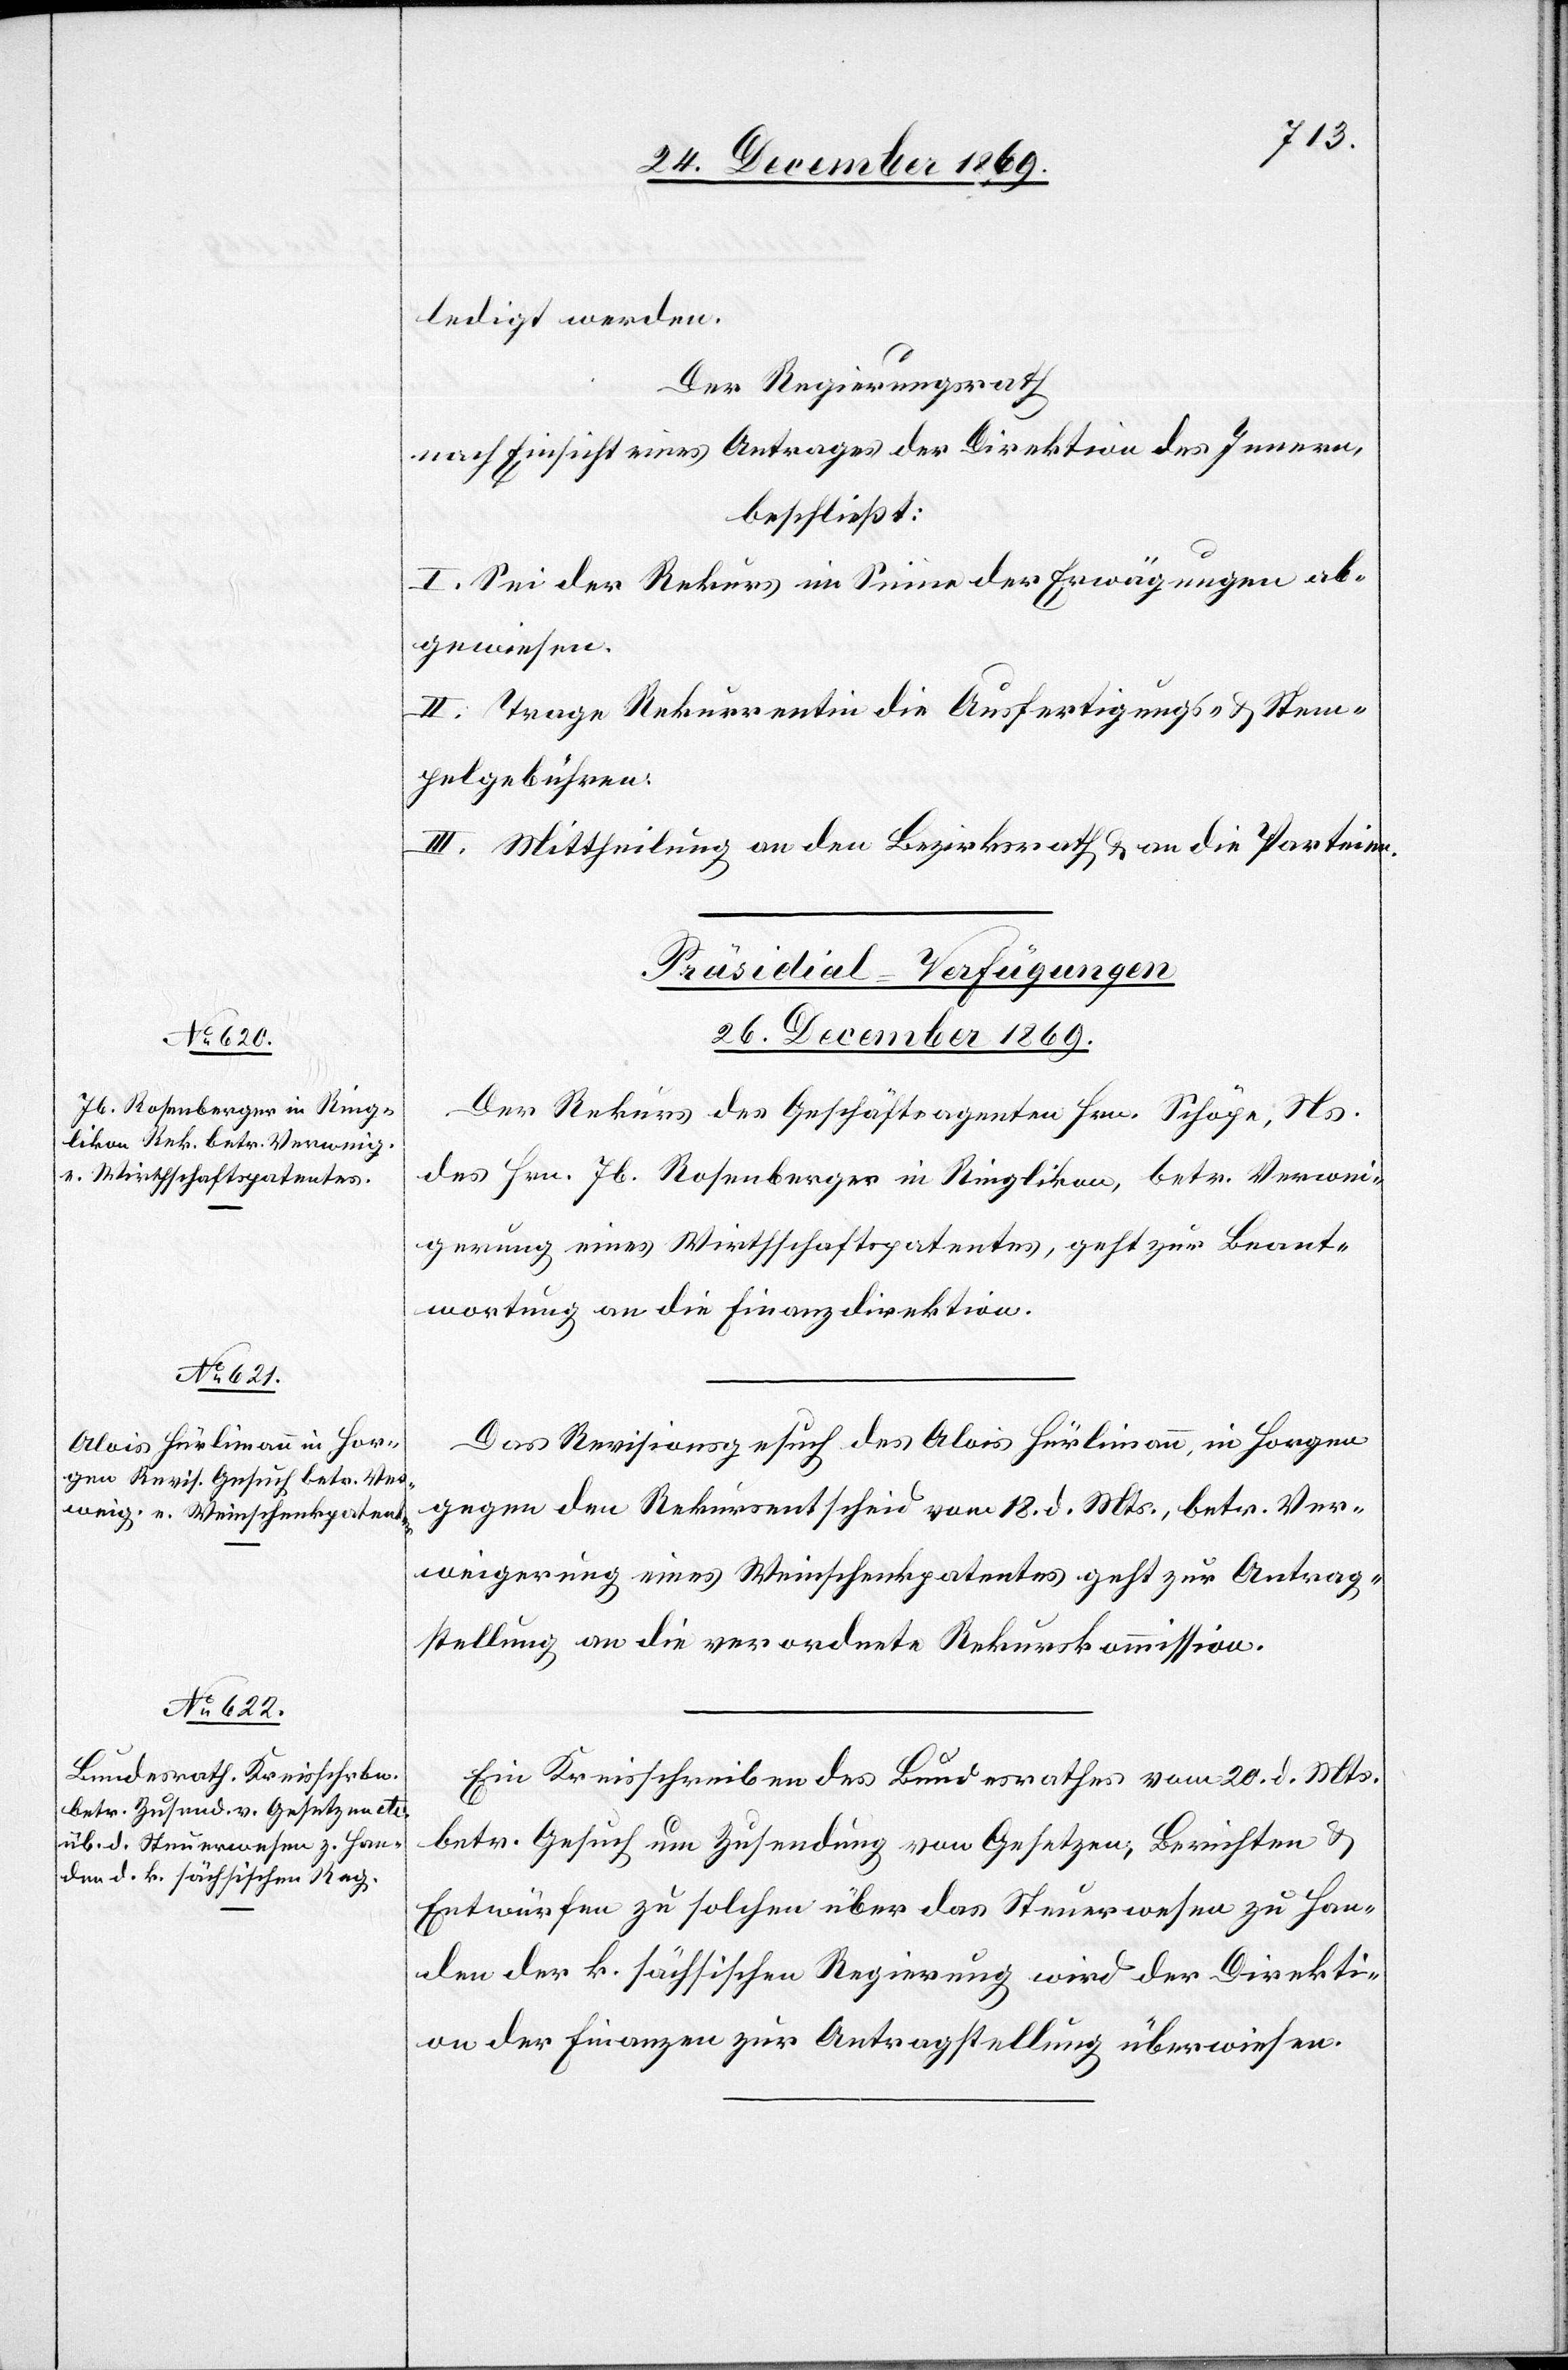
26. December 1869.]
ledigt werden.
Der Regierungsrath
nach Einsicht eines Antrages der Direktion des Innern,
beschließt:
I. Sei der Rekurs im Sinne der Erwägungen ab¬
gewiesen.
II. Trage Rekurrentin die Ausfertigungs- & Stem¬
pelgebühren.
III. Mittheilung an den Bezirksrath & an die Parteien.
[Präsidial-Verfügungen
Der Rekurs des Geschäftsagenten Hrn. Schöpe, Ns.
des Hrn. Jb. Rosenberger in Ringlikon, betr. Verwei¬
gerung eines Wirthschaftspatentes, geht zur Beant¬
wortung an die Finanzdirektion.
Das Revisionsgesuch des Alois Hürlimann, in Horgen
gegen den Rekursentscheid vom 18. d. Mts., betr. Ver¬
weigerung eines Weinschenkpatentes geht zur Antrag¬
stellung an die verordnete Rekurskommission.
Ein Kreisschreiben des Bundesrathes vom 20. d. Mts.
betr. Gesuch um Zusendung von Gesetzen, Berichten &
Entwürfen zu solchen über das Steuerwesen zu Han¬
den der k. sächsischen Regierung wird der Direkti¬
on der Finanzen zur Antragstellung überwiesen.